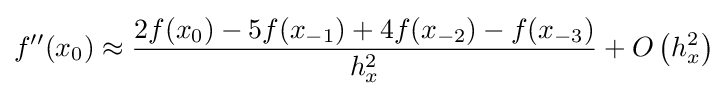
\displaystyle f''(x_{0})\approx \displaystyle {\frac {2f(x_{0})-5f(x_{-1})+4f(x_{-2})-f(x_{-3})}{h_{x}^{2}}}+O\left(h_{x}^{2}\right)